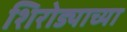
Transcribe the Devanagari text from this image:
शिरोड्याच्या